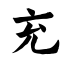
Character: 充